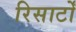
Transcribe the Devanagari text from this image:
रिसार्टों